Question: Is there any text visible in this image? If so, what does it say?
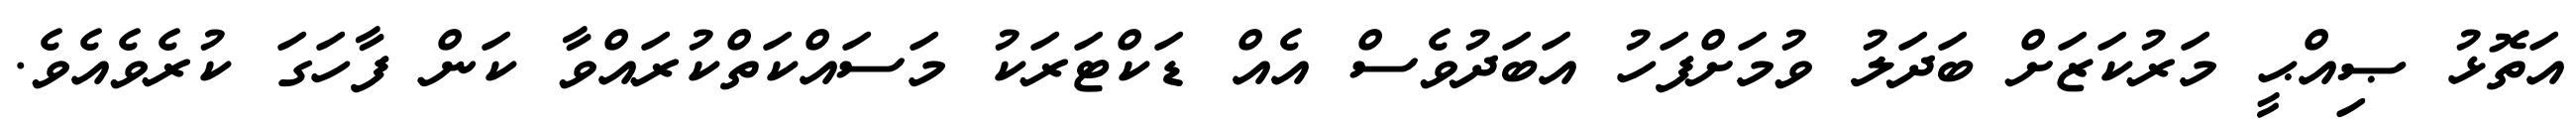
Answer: އަތޮޅު ޞިއްޙީ މަރުކަޒަށް ބަދަލު ވުމަށްފަހު އަބަދުވެސް އެއް ޑަކްޓަރަކު މަސައްކަތްކުރައްވާ ކަން ފާހަގަ ކުރެވެއެވެ.